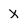
Character: X